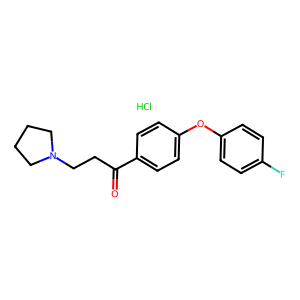
SMILES: Cl.O=C(CCN1CCCC1)c1ccc(Oc2ccc(F)cc2)cc1
Inhibits HIV replication: No